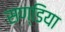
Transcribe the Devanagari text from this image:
सण्डिया